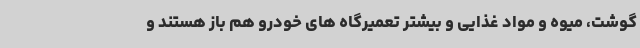
گوشت، میوه و مواد غذایی و بیشتر تعمیرگاه های خودرو هم باز هستند و